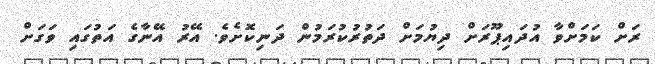
ރަށް ކަމަށްވާ އުދައިޕޫރަށް ދިޔުމަށް ދަތުރުކުރަމުން ދަނިކޮށެވެ. އޭރު އޭނާގެ އަތުގައި ވަގަށް